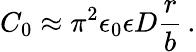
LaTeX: C_{0}\approx\pi^{2}\epsilon_{0}\epsilon D\frac rb\, .